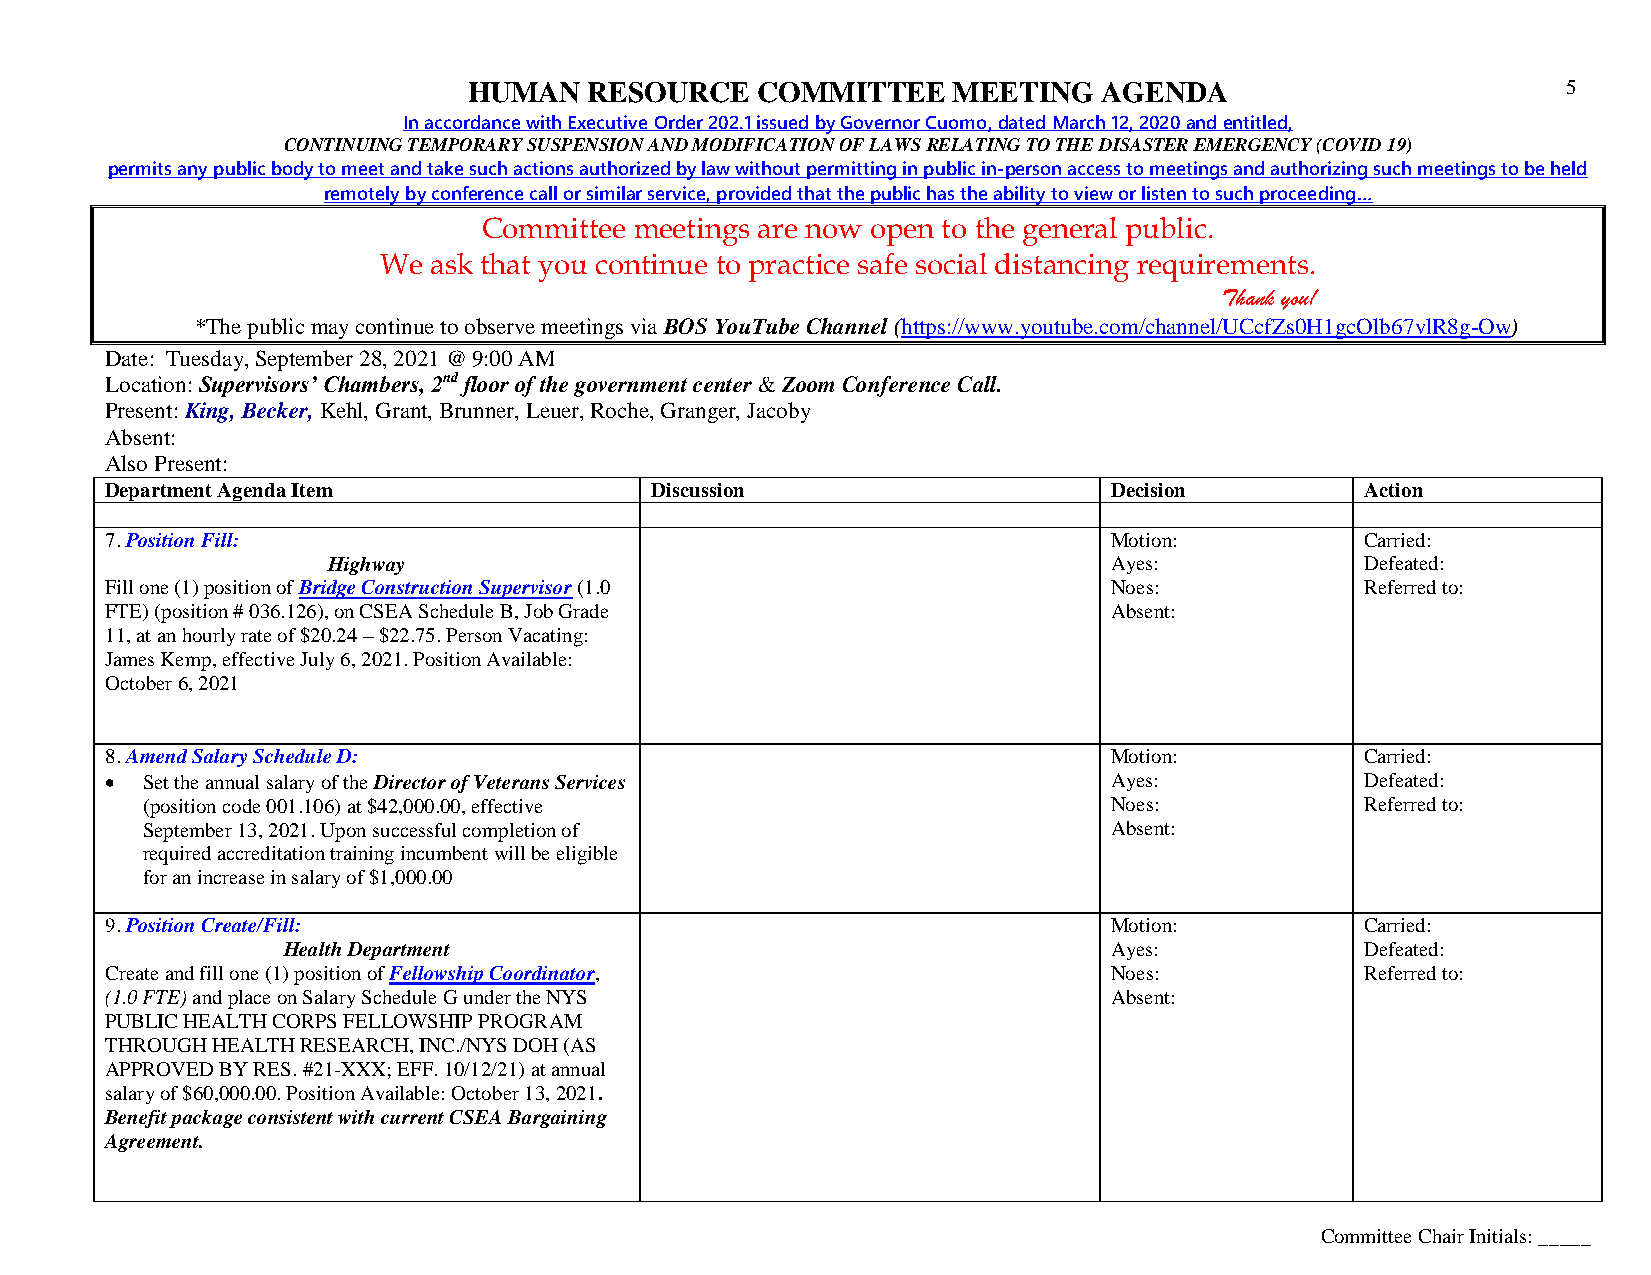
HUMAN   RESOURCE   COMMITTEE    MEETING   AGENDA                         5
 In accordance with Executive Order 202.1 issued by Governor Cuomo, dated March 12, 2020 and entitled,
 CONTINUING TEMPORARY SUSPENSION AND MODIFICATION OF LAWS RELATING TO THE DISASTER EMERGENCY (COVID 19)
 permits any public body to meet and take such actions authorized by law without permitting in public in-person access to meetings and authorizing such meetings to be held
 remotely by conference call or similar service, provided that the public has the ability to view or listen to such proceeding…
 Committee meetings are now open to the general public.
 We ask that you continue to practice safe social distancing requirements.
 Thank you!
 *The public may continue to observe meetings via BOS YouTube Channel (https://www.youtube.com/channel/UCcfZs0H1gcOlb67vlR8g-Ow)
 Date: Tuesday, September 28, 2021 @ 9:00 AM
 Location: Supervisors’ Chambers, 2nd floor of the government center & Zoom Conference Call.
 Present: King, Becker, Kehl, Grant, Brunner, Leuer, Roche, Granger, Jacoby
 Absent:
 Also Present:
 Department Agenda Item              Discussion                    Decision         Action
 7. Position Fill:                                                 Motion:          Carried:
 Highway                                            Ayes:            Defeated:
 Fill one (1) position of Bridge Construction Supervisor (1.0      Noes:            Referred to:
 FTE) (position # 036.126), on CSEA Schedule B, Job Grade          Absent:
 11, at an hourly rate of $20.24 – $22.75. Person Vacating:
 James Kemp, effective July 6, 2021. Position Available:
 October 6, 2021
 8. Amend Salary Schedule D:                                       Motion:          Carried:
  Set the annual salary of the Director of Veterans Services      Ayes:            Defeated:
 (position code 001.106) at $42,000.00, effective                Noes:            Referred to:
 September 13, 2021. Upon successful completion of               Absent:
 required accreditation training incumbent will be eligible
 for an increase in salary of $1,000.00
 9. Position Create/Fill:                                          Motion:          Carried:
 Health Department                                     Ayes:            Defeated:
 Create and fill one (1) position of Fellowship Coordinator,       Noes:            Referred to:
 (1.0 FTE) and place on Salary Schedule G under the NYS            Absent:
 PUBLIC HEALTH CORPS FELLOWSHIP PROGRAM
 THROUGH HEALTH RESEARCH, INC./NYS DOH (AS
 APPROVED BY RES. #21-XXX; EFF. 10/12/21) at annual
 salary of $60,000.00. Position Available: October 13, 2021.
 Benefit package consistent with current CSEA Bargaining
 Agreement.
 Committee Chair Initials: _____